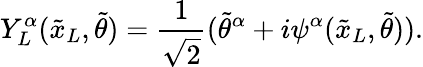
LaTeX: Y_{L}^{\alpha}({\tilde{x}_{L}},{\tilde{\theta}})=\frac{1}{\sqrt{2}}({{\tilde{\theta}}^{\alpha}}+i\psi^{\alpha}({\tilde{x}_{L}},{\tilde{\theta}})).